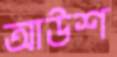
আউশ